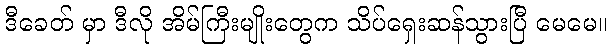
ဒီခေတ် မှာ ဒီလို အိမ်ကြီးမျိုးတွေက သိပ်ရှေးဆန်သွားပြီ မေမေ။